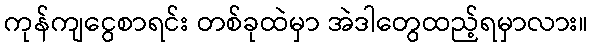
ကုန်ကျငွေစာရင်း တစ်ခုထဲမှာ အဲဒါတွေထည့်ရမှာလား။